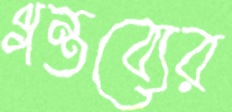
গন্তব্যের